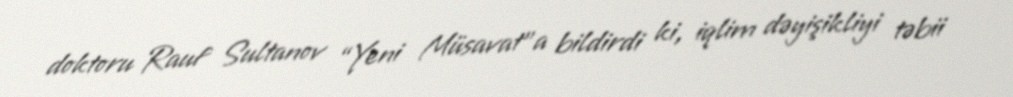
doktoru Rauf Sultanov “Yeni Müsavat”a bildirdi ki, iqlim dəyişikliyi təbii